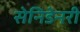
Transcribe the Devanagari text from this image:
सेनिडेनरी